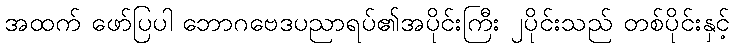
အထက် ဖော်ပြပါ ဘောဂဗေဒပညာရပ်၏အပိုင်းကြီး ၂ပိုင်းသည် တစ်ပိုင်းနှင့်